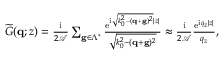
\begin{array} { r } { \widetilde G ( \mathbf { q } ; z ) = \frac { \mathrm { i } } { 2 \mathcal { A } } \sum _ { \mathbf g \in \Lambda ^ { * } } \frac { \mathrm { e } ^ { \mathrm { i } \sqrt { k _ { 0 } ^ { 2 } - ( \mathbf { q } + \mathbf g ) ^ { 2 } } | z | } } { \sqrt { k _ { 0 } ^ { 2 } - ( \mathbf { q } + \mathbf g ) ^ { 2 } } } \approx \frac { \mathrm { i } } { 2 \mathcal { A } } \frac { \mathrm { e } ^ { \mathrm { i } q _ { z } | z | } } { q _ { z } } , } \end{array}